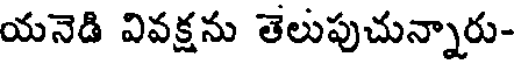
యనెడి వివక్షను తెలుపుచున్నారు-